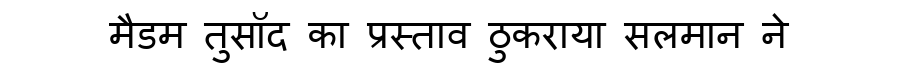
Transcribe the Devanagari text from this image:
मैडम तुसॉद का प्रस्ताव ठुकराया सलमान ने